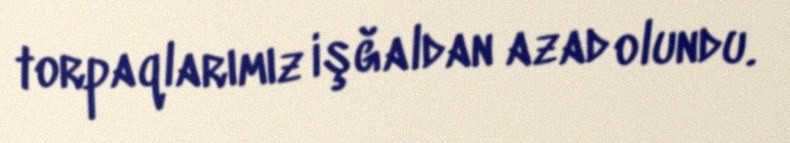
torpaqlarımız işğaldan azad olundu.